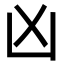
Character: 凶